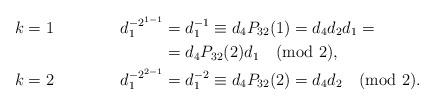
LaTeX: \begin{align*}k&=1& d_1^{-2^{1-1}}&=d_1^{-1}\equiv d_4P_{32}(1)=d_4d_2d_1=\\&&&=d_4P_{32}(2)d_1\pmod{2},\\k&=2& d_1^{-2^{2-1}}&=d_1^{-2}\equiv d_4P_{32}(2)=d_4d_2\pmod{2}.\end{align*}